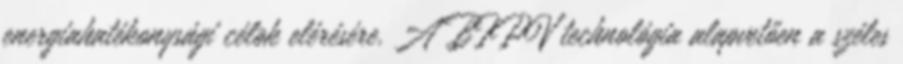
energiahatékonysági célok elérésére. A BIPV technológia alapvetően a széles